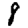
Digit: 8